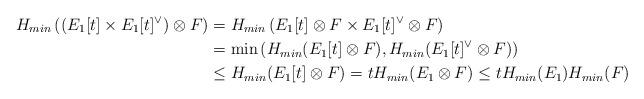
LaTeX: \begin{align*}H_{min}\left( (E_1[t]\times E_1[t]^{\vee})\otimes F \right) &=H_{min} \left( E_1[t] \otimes F \times E_1[t]^{\vee}\otimes F \right)\\&=\min \left( H_{min} (E_1[t] \otimes F), H_{min} (E_1[t]^{\vee}\otimes F)\right)\\& \leq H_{min} (E_1[t] \otimes F)= tH_{min} (E_1\otimes F) \leq t H_{min}(E_1)H_{min}(F)\end{align*}